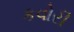
કવોરી